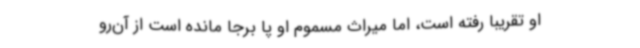
او تقریبا رفته است، اما میراث مسموم او پا برجا مانده است از آن‌رو